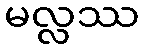
မလ္လဿ